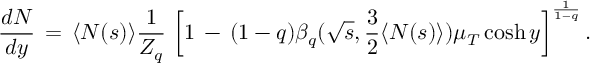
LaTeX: \frac { d N } { d y } \, = \, \langle N ( s ) \rangle \frac { 1 } { Z _ { q } } \, \left[ 1 \, - \, ( 1 - q ) \beta _ { q } ( \sqrt { s } , \frac { 3 } { 2 } \langle N ( s ) \rangle ) \mu _ { T } \cosh y \right] ^ { \frac { 1 } { 1 - q } } .